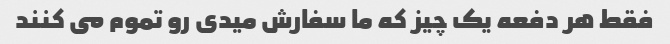
فقط هر دفعه یک چیز که ما سفارش میدی رو تموم مى کنند